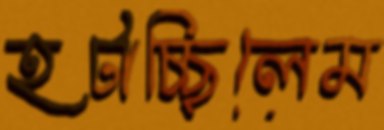
হটাচ্ছিলেম